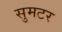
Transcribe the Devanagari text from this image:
सुमटर